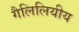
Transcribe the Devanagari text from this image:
गैलिलियीय